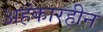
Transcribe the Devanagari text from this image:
अहंकारहीन